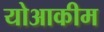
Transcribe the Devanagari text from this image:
योआकीम